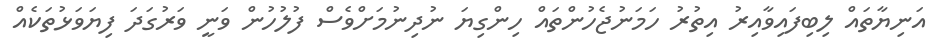
އަނިޔާތައް ލިބިފައިވާއިރު އިތުރު ހަމަނުޖެހުންތައް ހިންގިޔަ ނުދިނުމަށްވެސް ފުލުހުން ވަނީ ވަރުގަދަ ފިޔަވަޅުތަކެއް